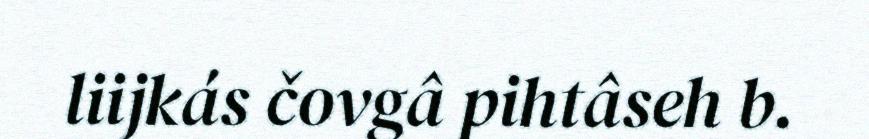
liijkás čovgâ pihtâseh b.